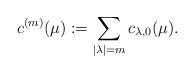
LaTeX: \begin{align*}c^{(m)}(\mu):=\sum_{|\lambda|=m}c_{\lambda,0}(\mu).\end{align*}